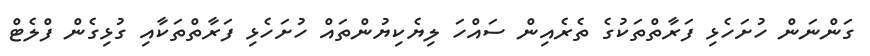
ގަންނަން ހުށަހެޅި ފަރާތްތަކުގެ ތެރެއިން ސައްހަ ލިޔެކިޔުންތައް ހުށަހެޅި ފަރާތްތަކާއި ގުޅިގެން ފްލެޓް